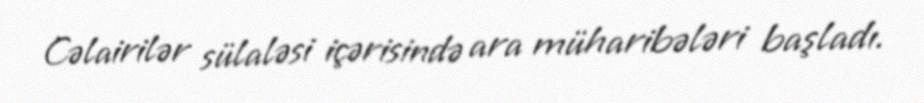
Cəlairilər sülaləsi içərisində ara müharibələri başladı.